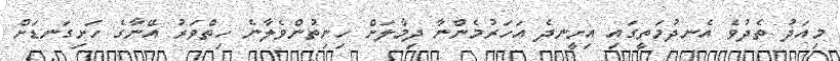
މިއަދު ތެދުވެ އެނދުމަތީގައި އިށީނދެ އަހަރުމެންނާ ދިމާލަށް ހިނިތުންވެލާނެ ހިތްވަރު އޭނާގެ ހަށިގަނޑަށް